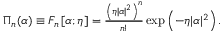
\begin{array} { r } { \Pi _ { n } ( \alpha ) \equiv F _ { n } \left[ \alpha ; \eta \right] = \frac { \left( \eta | \alpha | ^ { 2 } \right) ^ { n } } { n ! } \exp \left( - \eta | \alpha | ^ { 2 } \right) . } \end{array}